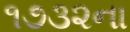
૧૭૩૨ના